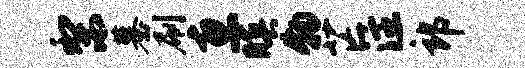
梨墓刷惠暝物芒注郎